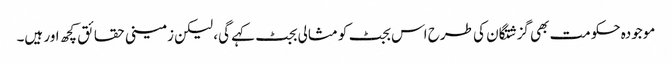
موجودہ حکومت بھی گزشتگان کی طرح اس بجٹ کو مثالی بجٹ کہے گی، لیکن زمینی حقائق کچھ اور ہیں۔